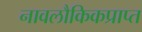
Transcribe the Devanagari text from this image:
नावलौकिकप्राप्त